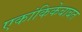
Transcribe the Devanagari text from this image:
एकांकिकेबाबत